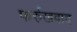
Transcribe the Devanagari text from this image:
फर्रुखबाद